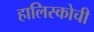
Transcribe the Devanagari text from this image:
हालिस्कोची